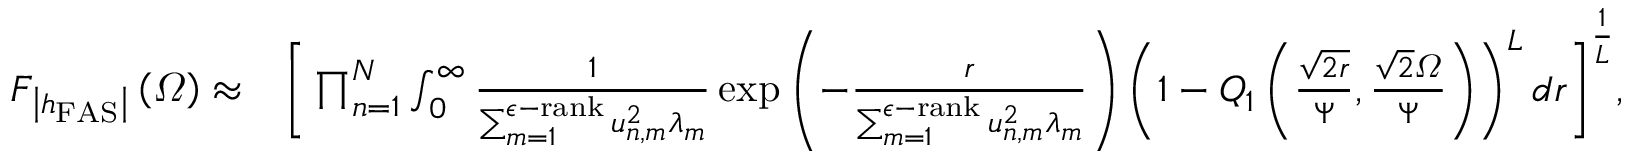
\begin{array} { r l } { F _ { \left| h _ { \mathrm { F A S } } \right| } \left( \varOmega \right) \approx } & { \Bigg [ \prod _ { n = 1 } ^ { N } \intop _ { 0 } ^ { \infty } \frac { 1 } { \sum _ { m = 1 } ^ { \epsilon \mathrm { - } \mathrm { r a n k } } u _ { n , m } ^ { 2 } \lambda _ { m } } \exp \left( - \frac { r } { \sum _ { m = 1 } ^ { \epsilon \mathrm { - } \mathrm { r a n k } } u _ { n , m } ^ { 2 } \lambda _ { m } } \right) \left( 1 - Q _ { 1 } \left( \frac { \sqrt { 2 r } } { \Psi } , \frac { \sqrt { 2 } \varOmega } { \Psi } \right) \right) ^ { L } d r \Bigg ] ^ { \frac { 1 } { L } } , } \end{array}